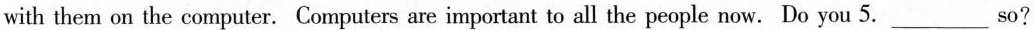
with them on the computer. Computers are important to all the people now. Do you 5.___so?